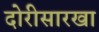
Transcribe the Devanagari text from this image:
दोरीसारखा